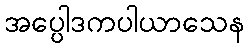
အပ္ပေါဒကပါယာသေန